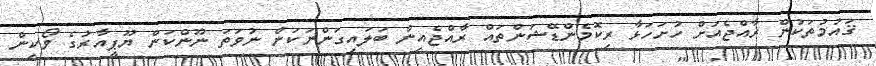
ޤައުމުތަކުން ރާއްޖެއަށް ހުށަހަޅާ ރިކޮމެންޑޭޝަންތައް ރާއްޖެއިން ބަލައިގަންނަކަން ނުވަތަ ނޫންކަން ޔޫޕީއާރުގެ ވޯކިން